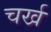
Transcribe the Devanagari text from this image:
चर्ख